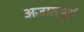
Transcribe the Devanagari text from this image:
अज्ञातपूर्व